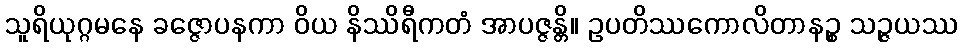
သူရိယုဂ္ဂမနေ ခဇ္ဇောပနကာ ဝိယ နိဿိရီကတံ အာပဇ္ဇန္တိ။ ဥပတိဿကောလိတာနဉ္စ သဉ္ဇယဿ